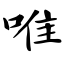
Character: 唯